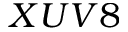
X U V 8